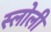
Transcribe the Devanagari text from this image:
स्लोली